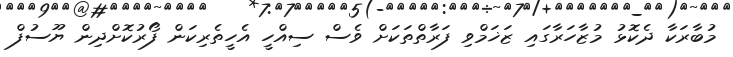
މުބާރަކާ ދެކޮޅު މުޒާހަރާގައި ޒަޚަމްވި ފަރާތްތަކަށް ވެސް ސިއްހީ އެހީތެރިކަން ފޯރުކޮށްދިން ޔޫސުފް